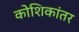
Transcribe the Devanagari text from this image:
कोशिकांतर